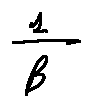
\frac { l } { \beta }